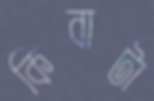
কিবাটা